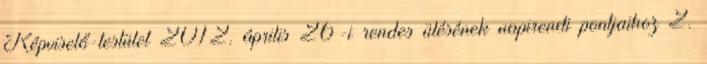
Képviselő-testület 2012. április 26-i rendes ülésének napirendi pontjaihoz 2.